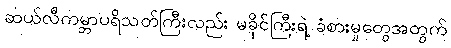
ဆယ်လီကမ္ဘာပရိသတ်ကြီးလည်း မခိုင်ကြီးရဲ့ ခံစားမှုတွေအတွက်